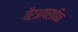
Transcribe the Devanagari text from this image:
गैरआपराधिक